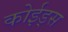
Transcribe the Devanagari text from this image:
कोईड्स